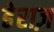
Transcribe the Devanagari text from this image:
हेराज़